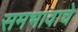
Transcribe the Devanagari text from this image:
समभावाचे